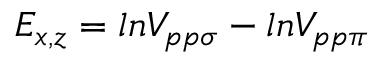
E _ { x , z } = l n V _ { p p \sigma } - l n V _ { p p \pi }